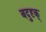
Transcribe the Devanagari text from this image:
बदुदृक्